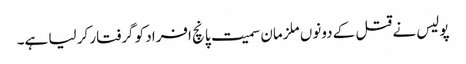
پولیس نے قتل کے دونوں ملزمان سمیت پانچ افراد کو گرفتار کر لیا ہے۔